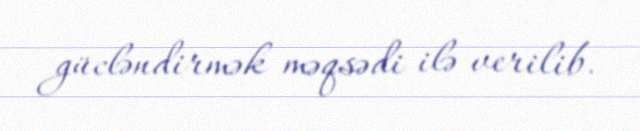
gücləndirmək məqsədi ilə verilib.